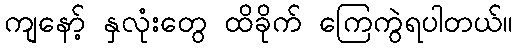
ကျနော့် နှလုံးတွေ ထိခိုက် ကြေကွဲရပါတယ်။